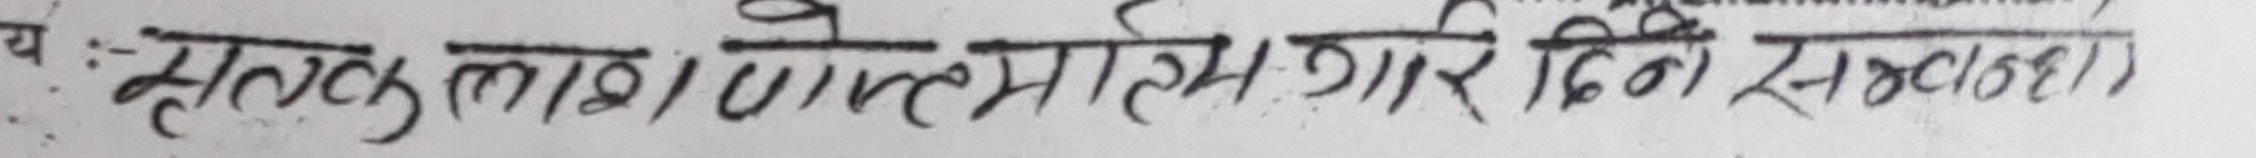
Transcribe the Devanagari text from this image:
मृतक लाश/लोकल होम गरि दिने संवठहर